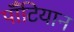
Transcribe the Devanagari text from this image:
पॉँटियान